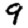
Digit: 9